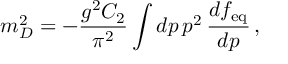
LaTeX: m _ { D } ^ { 2 } = - \frac { g ^ { 2 } C _ { 2 } } { \pi ^ { 2 } } \int d p \, p ^ { 2 } \, \frac { d f _ { \mathrm { e q } } } { d p } \, ,